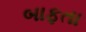
બાફતા